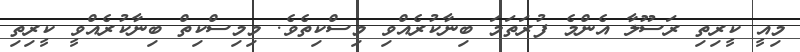
މިއީ ކީރިތި ރަސޫލާ އެންމެ ފުރަތަމަ ބިނާކުރެއްވި މިސްކިތެވެ. މިމިސްކިތް ބިނާކުރެއްވީ ކީރިތި